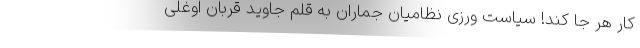
كار هر جا كند! سیاست ورزی نظامیان جماران به قلم جاوید قربان اوغلی